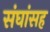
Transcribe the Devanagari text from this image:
संघांसह